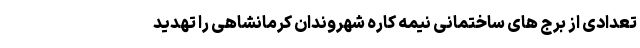
تعدادی از برج های ساختمانی نیمه کاره شهروندان کرمانشاهی را تهدید